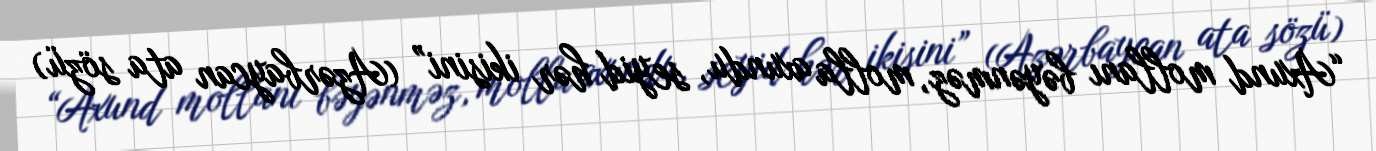
“Axund mollanı bəyənməz, molla axundu, seyid hər ikisini” (Azərbaycan ata sözü)